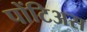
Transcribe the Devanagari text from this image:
पोंटिअस